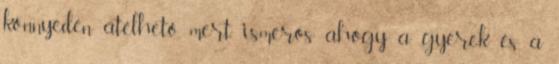
könnyedén átélhető, mert ismerős ahogy a gyerek és a